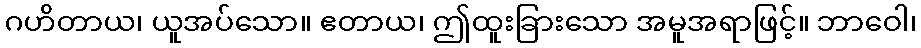
ဂဟိတာယ၊ ယူအပ်သော။ ဧတာယ၊ ဤထူးခြားသော အမူအရာဖြင့်။ ဘာဝေါ၊